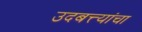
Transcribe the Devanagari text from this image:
उदबत्त्यांचा